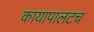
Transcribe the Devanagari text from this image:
कायापालटच